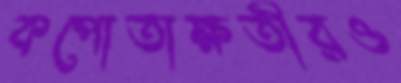
কপোতাক্ষতীরও